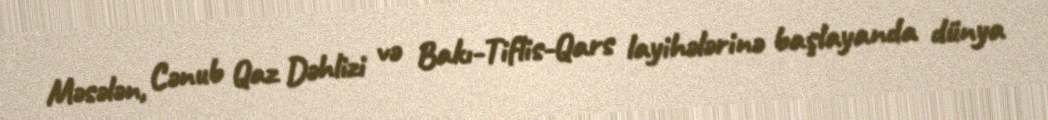
Məsələn, Cənub Qaz Dəhlizi və Bakı-Tiflis-Qars layihələrinə başlayanda dünya